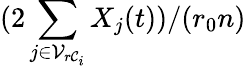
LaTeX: (2\sum_{j\in\mathcal{V}_{r\mathcal{C}_{i}}}X_{j}(t))/(r_{0}n)